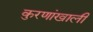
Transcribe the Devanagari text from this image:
कुरणांखाली